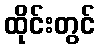
ထိုင်းတွင်